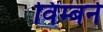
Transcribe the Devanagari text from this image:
विम्बर्न